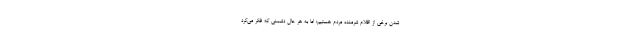
شدن برخی از اقلام شرمنده مردم هستیم؛ اما به هر حال دشمنی که فکر می‌کرد